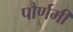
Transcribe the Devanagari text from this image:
पौर्णमी